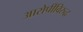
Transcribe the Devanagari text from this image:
आरोपींविरुद्ध